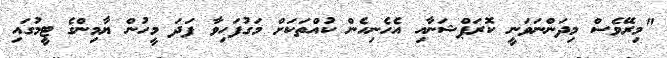
"މިރޭވެސް މިދަންނަވަނީ ކޮރަޕްޝަނާއި އެހެނިހެން ކުއްތަކަށް މަގުފަހިވާ ފަދަ މީހުން ޔާމިންގެ ޓީމުގައި